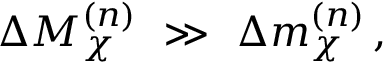
\Delta M _ { \chi } ^ { ( n ) } \ \gg \ \Delta m _ { \chi } ^ { ( n ) } \, ,